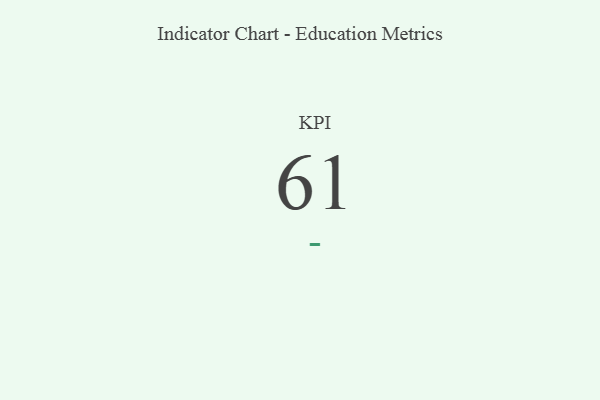
{"axis": {"x": "KPI", "y": "Value"}, "legend": [""], "data": [{"x": "KPI", "y": 61, "type": ""}]}